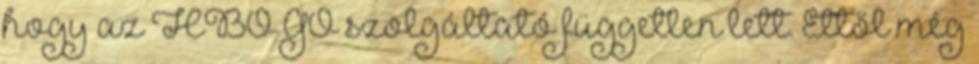
hogy az HBO GO szolgáltató független lett. Ettől még